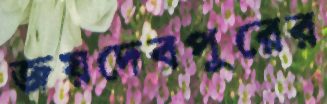
জয়দেবপুরের